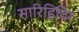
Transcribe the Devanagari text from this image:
सारिहिदिर